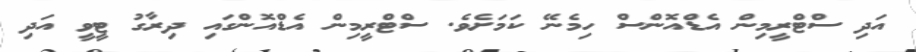
އަދި ސްޓްރީމިން އެޑްއޮންސް ހިމެނޭ ކަމަށެވެ. ސްޓްރީމިން އެޑްއޮންގައި ދިރާގު ޓީވީ އަދި